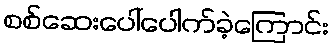
စစ်ဆေးပေါ်ပေါက်ခဲ့ကြောင်း